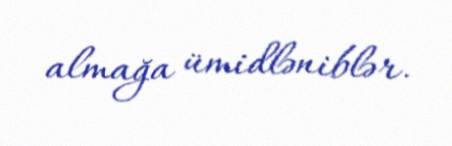
almağa ümidləniblər.